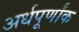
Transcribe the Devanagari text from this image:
अर्धपूर्णांक